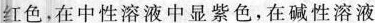
红色。在中性溶液中显紫色，在碱性溶液